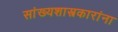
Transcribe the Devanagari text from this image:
सांख्यशास्त्रकारांना